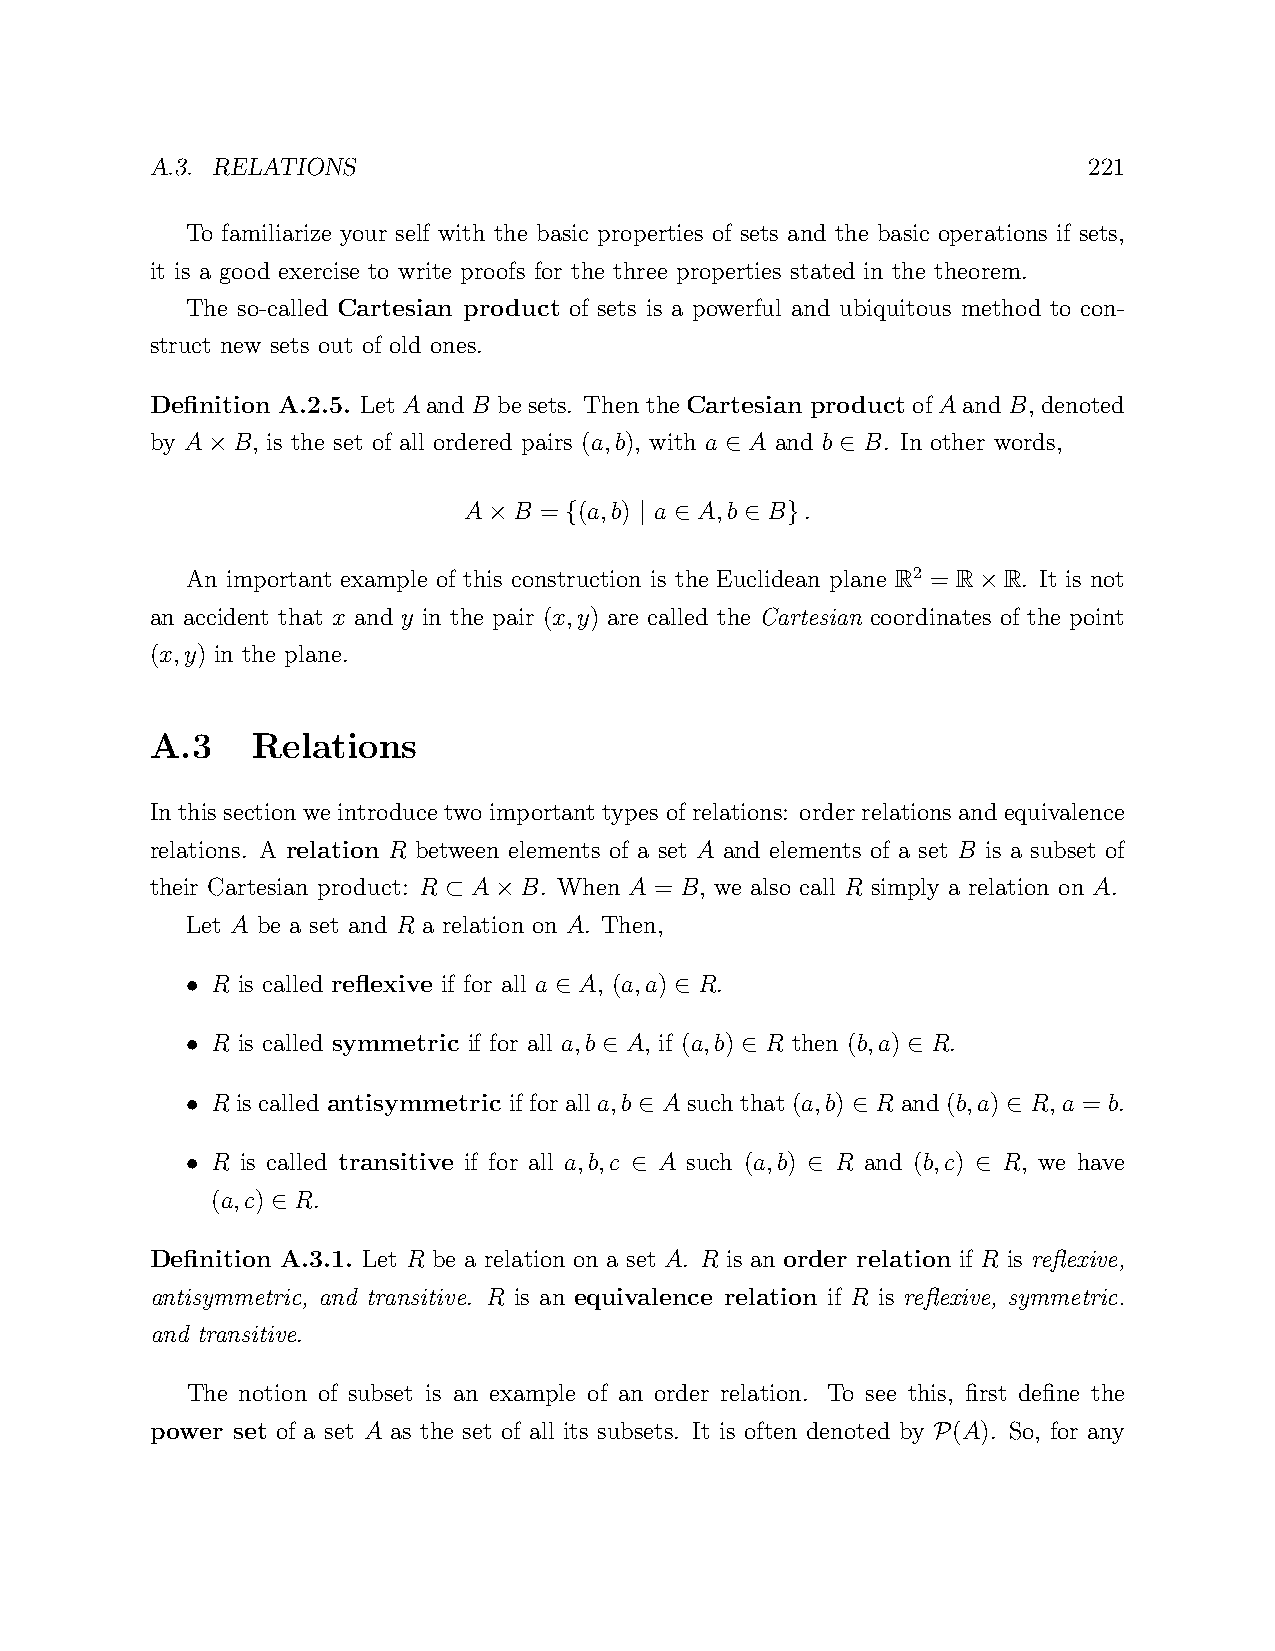
A.3. RELATIONS                                                221
 To familiarize your self with the basic properties of sets and the basic operations if sets,
 it is a good exercise to write proofs for the three properties stated in the theorem.
 The so-called Cartesian product of sets is a powerful and ubiquitous method to con-
 struct new sets out of old ones.
 Definition A.2.5. Let AandB besets. Then theCartesian productofAandB, denoted
 by A B, is the set of all ordered pairs (a,b), with a A and b B. In other words,
 ×                                 ∈       ∈
 A  B = (a,b) a A,b  B .
 ×    {    |  ∈   ∈  }
 An important example of this construction is the Euclidean plane R2 = R R. It is not
 ×
 an accident that x and y in the pair (x,y) are called the Cartesian coordinates of the point
 (x,y) in the plane.
 A.3    Relations
 In this section we introduce two important types of relations: order relations and equivalence
 relations. A relation R between elements of a set A and elements of a set B is a subset of
 their Cartesian product: R A B. When A = B, we also call R simply a relation on A.
 ⊂   ×
 Let A be a set and R a relation on A. Then,
 R is called reflexive if for all a A, (a,a) R.
 •                        ∈       ∈
 R is called symmetric if for all a,b A, if (a,b) R then (b,a) R.
 •                           ∈        ∈          ∈
 R is called antisymmetric if for all a,b A such that (a,b) R and (b,a) R, a = b.
 •                             ∈             ∈          ∈
 R is called transitive if for all a,b,c A such (a,b) R and (b,c) R, we have
 •                             ∈          ∈           ∈
 (a,c) R.
 ∈
 Definition A.3.1. Let R be a relation on a set A. R is an order relation if R is reflexive,
 antisymmetric, and transitive. R is an equivalence relation if R is reflexive, symmetric.
 and transitive.
 The notion of subset is an example of an order relation. To see this, first define the
 power set of a set A as the set of all its subsets. It is often denoted by (A). So, for any
 P